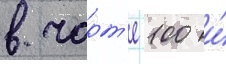
в чарт'е 100 и́